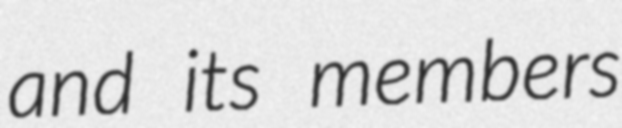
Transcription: and its members